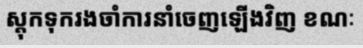
ស្តុកទុករងចាំការនាំចេញឡើងវិញ ខណៈ